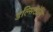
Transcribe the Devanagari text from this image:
डल्सिटॉल